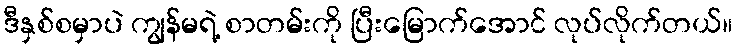
ဒီနှစ်စမှာပဲ ကျွန်မရဲ့ စာတမ်းကို ပြီးမြောက်အောင် လုပ်လိုက်တယ်။